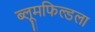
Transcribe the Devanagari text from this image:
ब्लूमफिल्डला